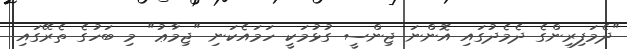
"ދެމަފިރިންގެ ދެމެދުގައި އޮންނަ ޖިންސީ ގުޅުމަކީ ހަމައެކަނި "ޖިމާޢު" މި ބަހުގެ ތެރޭގައި